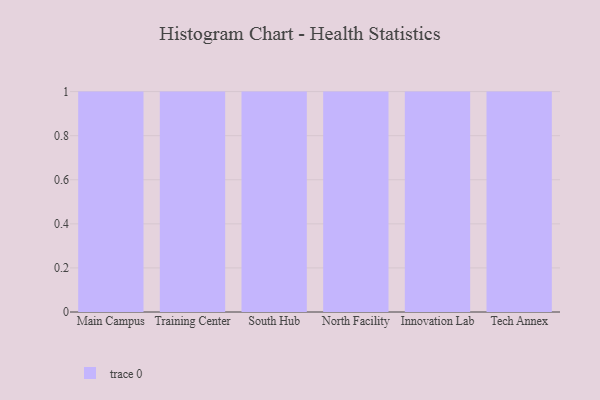
{"axis": {"x": "Campus", "y": "Satisfaction Score"}, "legend": [""], "data": [{"x": "Main Campus", "y": 6, "type": ""}, {"x": "Training Center", "y": 2, "type": ""}, {"x": "South Hub", "y": 68, "type": ""}, {"x": "North Facility", "y": 80, "type": ""}, {"x": "Innovation Lab", "y": 99, "type": ""}, {"x": "Tech Annex", "y": 45, "type": ""}]}